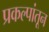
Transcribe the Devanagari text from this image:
प्रकल्पांतून